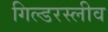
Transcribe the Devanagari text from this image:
गिल्डरस्लीव